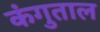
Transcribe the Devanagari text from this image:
कंगुताल